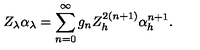
Z _ { \lambda } \alpha _ { \lambda } = \sum _ { n = 0 } ^ { \infty } g _ { n } Z _ { h } ^ { 2 ( n + 1 ) } \alpha _ { h } ^ { n + 1 } .